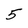
Character: 5